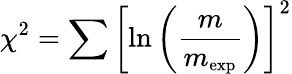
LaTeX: \chi^{2}=\sum\left[\ln\left(\frac{m}{m_{\mathrm{\small{exp}}}}\right)\right]^{2}